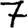
Digit: 7